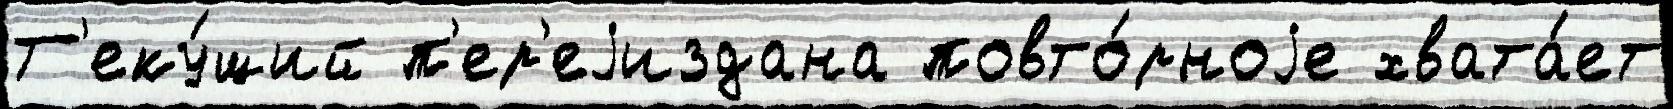
Т'еку́щий п'ер'еjиздана повто́рноjе хвата́ет